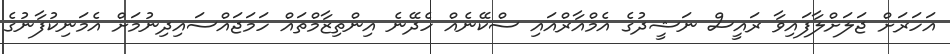
އަހަރަށް ޖަލަށްލާފައިވާ ރައީސް ނަޝީދުގެ އެމްއާރްއައި ސްކޭނެއް ހެދޭނެ އިންތިޒާމްތައް ހަމަޖައްސައިދިނުމަށް އެމަނިކުފާނުގެ